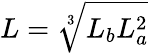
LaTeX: L=\sqrt[3]{L_{b}L_{a}^{2}}